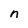
Character: n